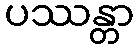
ပဿန္တာ